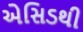
એસિડથી